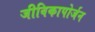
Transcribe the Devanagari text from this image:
जीविकापोर्जन